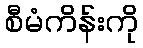
စီမံကိန်းကို